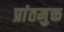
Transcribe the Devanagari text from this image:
प्रांतमुक्त